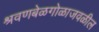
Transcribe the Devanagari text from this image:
श्रवणबेळगोळाजवळील